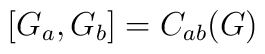
[G_a, G_b] = C_{ab}(G)